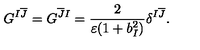
G ^ { I \overline { { J } } } = G ^ { \overline { { J } } I } = \frac { 2 } { \varepsilon ( 1 + b _ { I } ^ { 2 } ) } \delta ^ { I \overline { { J } } } .